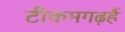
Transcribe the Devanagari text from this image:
टीकमगढ़हैं